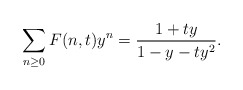
\begin{gather*} \sum_{n \ge 0} F(n,t) y^{n}={1+t y \over 1-y-t y^2 }. \end{gather*}